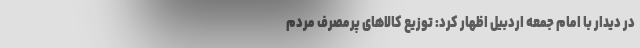
در دیدار با امام جمعه اردبیل اظهار کرد: توزیع کالاهای پرمصرف مردم